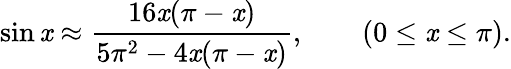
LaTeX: \sin\mathit{x}\approx{\frac{{16\mathit{x}(\pi-\mathit{x})}}{{5\pi^{2}-4\mathit{x}(\pi-\mathit{x})}}},\qquad\left(0\leq\mathit{x}\leq\pi\right).